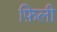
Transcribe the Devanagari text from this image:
फ़िली